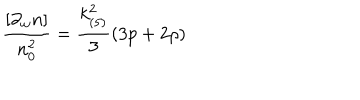
\frac { [ \partial _ { w } n ] } { n _ { 0 } ^ { 2 } } = \frac { k _ { ( 5 ) } ^ { 2 } } { 3 } ( 3 p + 2 \rho )